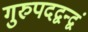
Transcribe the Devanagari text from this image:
गुरुपदद्वन्द्वं